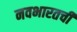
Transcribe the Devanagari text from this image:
नवभारतची